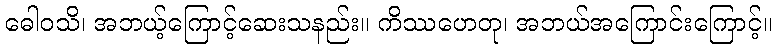
ဓေါဝသိ၊ အဘယ့်ကြောင့်ဆေးသနည်း။ ကိဿဟေတု၊ အဘယ်အကြောင်းကြောင့်။